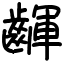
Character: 齳